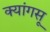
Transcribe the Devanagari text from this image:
क्यांगसू